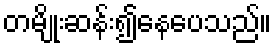
တမျိုးဆန်း၍နေပေသည်။